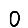
Digit: 0